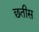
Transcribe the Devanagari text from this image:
छतीस